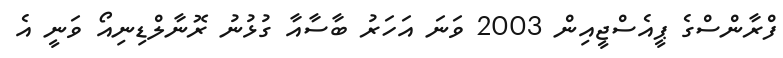
ފްރާންސްގެ ޕީއެސްޖީއިން 2003 ވަނަ އަހަރު ބާސާއާ ގުޅުނު ރޮނާލްޑިނިއޯ ވަނީ އެ